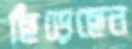
ছিঁড়েছেন